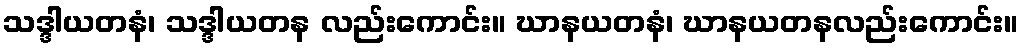
သဒ္ဒါယတနံ၊ သဒ္ဒါယတန လည်းကောင်း။ ဃာနယတနံ၊ ဃာနယတနလည်းကောင်း။